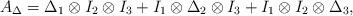
LaTeX: \begin{align*}A_{\Delta} = \Delta_{1} \otimes I_2\otimes I_3 + I_1 \otimes \Delta_{2} \otimes I_3 + I_1 \otimes I_2\otimes \Delta_{3},\end{align*}